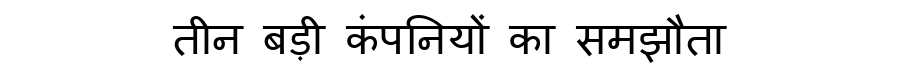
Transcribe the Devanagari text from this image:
तीन बड़ी कंपनियों का समझौता